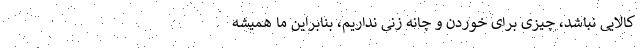
کالایی نباشد، چیزی برای خوردن و چانه زنی نداریم، بنابراین ما همیشه